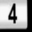
Digit: 4